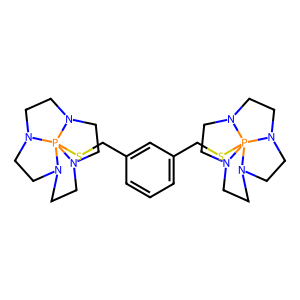
SMILES: c1cc(CSP234N5CCN2CCN3CCN4CC5)cc(CSP234N5CCN2CCN3CCN4CC5)c1
Inhibits HIV replication: No